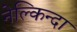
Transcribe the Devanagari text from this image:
नेल्किन्दा